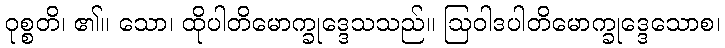
ဝုစ္စတိ၊ ၏။ သော၊ ထိုပါတိမောက္ခုဒ္ဒေသသည်။ ဩဝါဒပါတိမောက္ခုဒ္ဒေသောစ၊